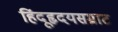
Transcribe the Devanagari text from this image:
हिंदूहृदयसम्राट